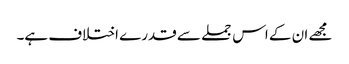
مجھے ان کے اس جملے سے قدرے اختلاف ہے۔